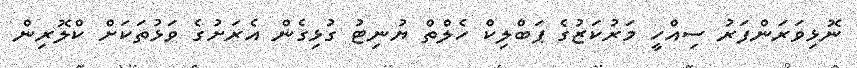
ނޮޅިވަރަންފަރު ސިއްހީ މަރުކަޒުގެ ޕަބްލިކް ހެލްތް ޔުނިޓު ގުޅިގެން އެރަށުގެ ވަޅުތަކަށް ކްލޮރިން